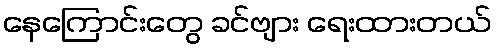
နေကြောင်းတွေ ခင်ဗျား ရေးထားတယ်